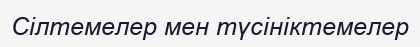
Сілтемелер мен түсініктемелер